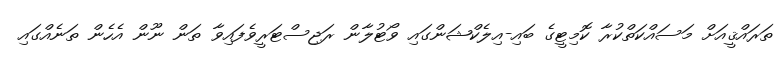
ތަރައްޤީއަށް މަސައްކަތްކުރާ ކޮމިޓީގެ ބައި-އިލެކްޝަންގައި ވޯޓުލާން ރަޖިސްޓަރީވެފައިވާ ތަން ނޫން އެހެން ތަނެއްގައި